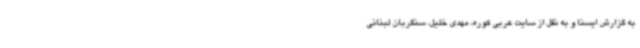
به گزارش ایسنا و به نقل از سایت عربی کوره، مهدی خلیل، سنگربان لبنانی